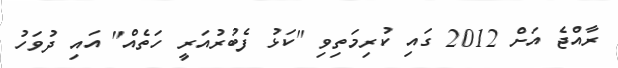
ރާއްޖެ އަށް 2012 ގައި ކުރިމަތިވި "ކަޅު ފެބުރުއަރީ ހަތެއް" އައި ދުވަހު